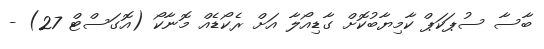
ބާސާ ސުޕަކަޕް ކާމިޔާބުކޮށް ގާޑިއޯލާ އަށް ރެކޯޑެއް މޮނާކޯ (އޮގަސްޓް 27) -